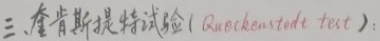
三、奎肯斯提特试验(Queckenstedt test)：